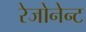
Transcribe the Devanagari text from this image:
रेजोनेन्ट